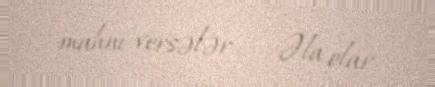
mahnı versələr… - Əla olar.